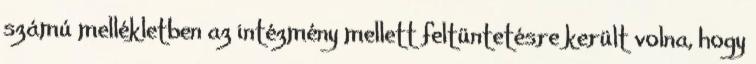
számú mellékletben az intézmény mellett feltüntetésre került volna, hogy